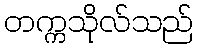
တက္ကသိုလ်သည်